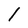
Character: l